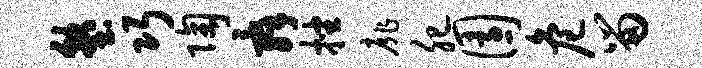
塾巧陶舜挫扉肥园危留